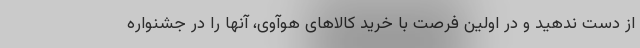
از دست ندهید و در اولین فرصت با خرید کالاهای هوآوی، آنها را در جشنواره